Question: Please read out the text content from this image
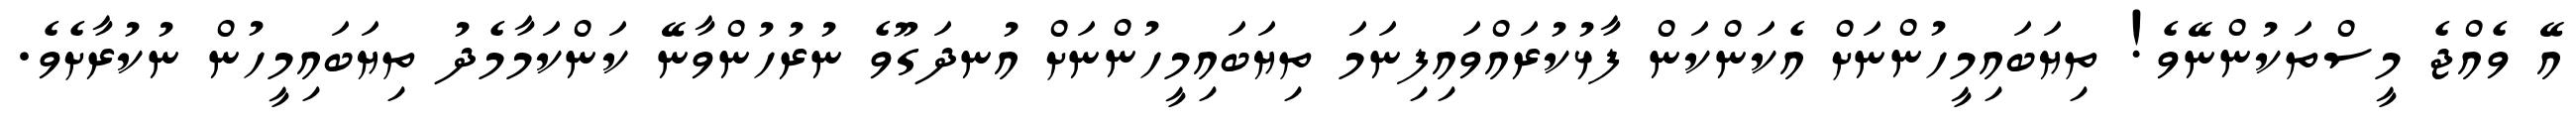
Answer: އޭ ވެއްޖެ މީސްތަކުންނޭވެ! ތިޔަބައިމީހުންނަށް އެކަންކަން ފާޅުކުރައްވައިފިނަމަ ތިޔަބައިމީހުންނަށް އުނދަގޫވެ ނުރުހުންވާނޭ ކަންކަމާމެދު ތިޔަބައިމީހުން ނުކުރާށެވެ.